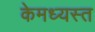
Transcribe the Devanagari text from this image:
केमध्यस्त